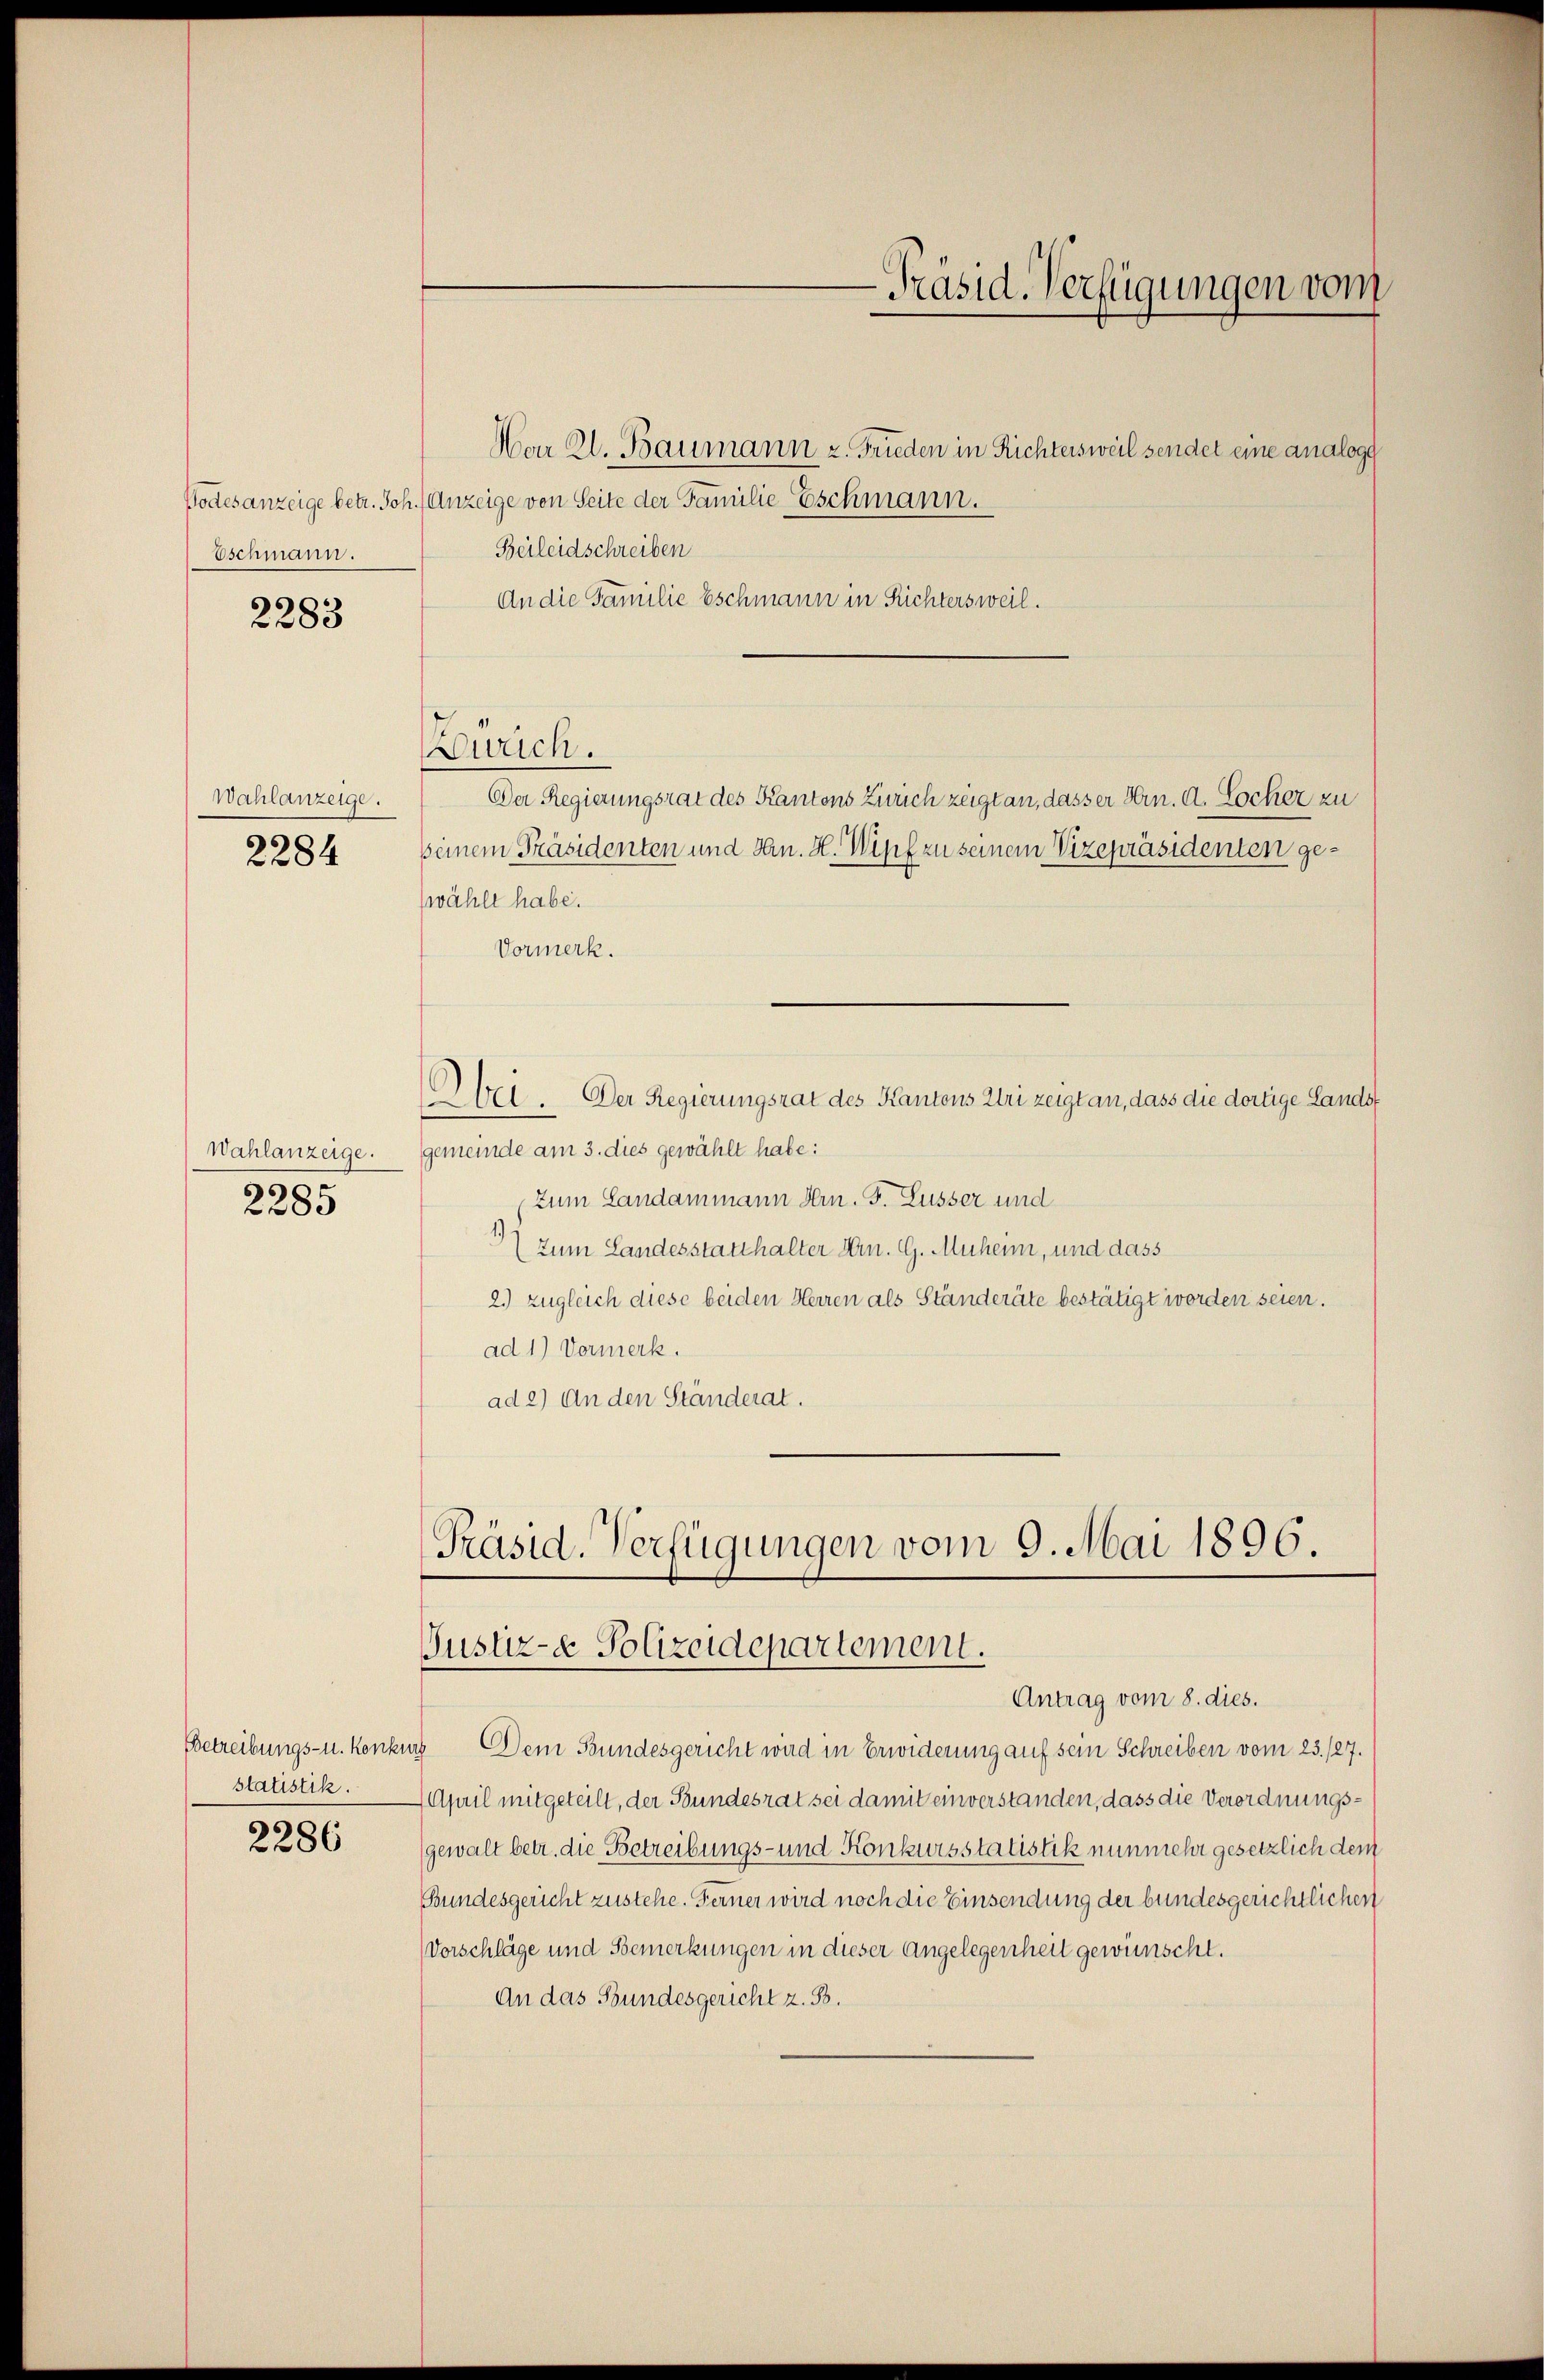
Eschmann.

2283

Wahlanzeige.
2284

Wahlanzeige.
5
2285

Bbetreibungs- u. Konk
statistik.

.
2286

Mar Kl. Baumann z. Frieden in Richtersweil sendet eine analoge
Podesanzeige betr. Joh. Anzeige von Seite der Familie Eschmann.
Beileidschreiben
An die Familie Eschmann in Richtersweil.
Zürich.
Der Regierungsrat des Kantons Zürich zeigt an, dasser Hrn. d. Locher zu
keinem Präsidenten und San. H. Wipf zu seinem Vizepräsidenten gewählt habe.
Vormerk.
Obei. Der Regierungsrat des Kantons Uri zeigt an, dass die dortige Landsgemeinde am 3. dies gewählt habe:
Zum Landammann Hrn. F. Lusser und
 zum Landesstatthalter Hrn. G. Muhen, und dass
2.) zugleich diese beiden Herren als Ständeräte bestätigt worden seien.
ad 1) Vormerk.
ad 2) An den Ständerat.
Präsid. Verfügungen vom 9. Mai 1896.

-Präsid. Verfügungen vom

Justiz- & Polizeidepartement.

Antrag vom 8. dies.
as Dem Bundesgericht wird in Erwiderung auf sein Schreiben vom 23./27.
April mitgeteilt, der Bundesrat sei damit einverstanden, dass die Verordnungsgewalt betr. die Betreibungs- und Konkursstatistik nunmehr gesetzlich dem
Bundesgericht zustehe. Ferner wird noch die Einsendung der bundesgerichtlichen
Vorschläge und Bemerkungen in dieser Angelegenheit gewünscht.
An das Bundesgericht z. B.